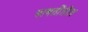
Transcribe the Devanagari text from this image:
बाबतींतील